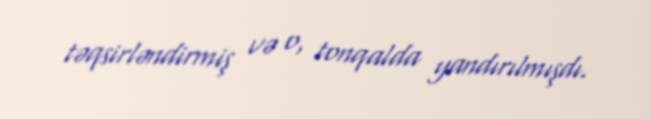
təqsirləndirmiş və o, tonqalda yandırılmışdı.